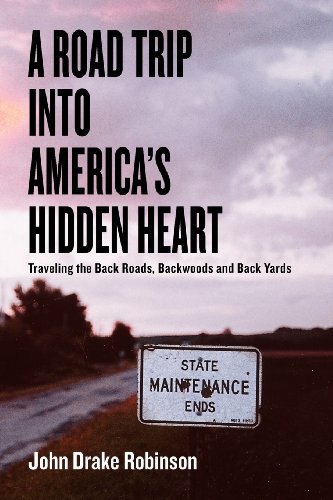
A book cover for A Road Trip Into America's Hidden Heart - Traveling the Back Roads, Backwoods and Back Yards; John Drake Robinson; Humor & Entertainment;